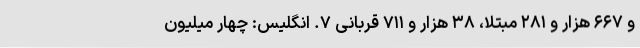
و ۶۶۷ هزار و ۲۸۱ مبتلا، ۳۸ هزار و ۷۱۱ قربانی ۷. انگلیس: چهار میلیون